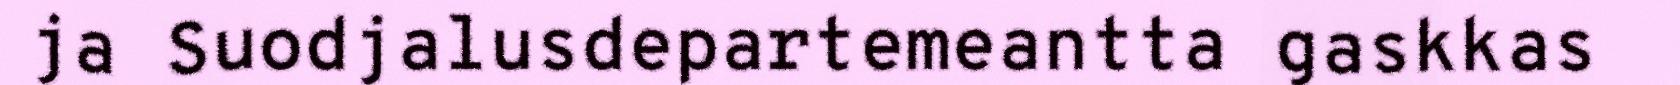
ja Suodjalusdepartemeantta gaskkas